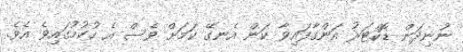
ނުނިދަން ޑޮކްޓަރު އަންގާފައިވާ ކަން އެނގޭ ކަމަށް ވެސް އެ ހުކުމުގައިވެ އެވެ.